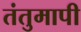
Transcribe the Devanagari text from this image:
तंतुमापी